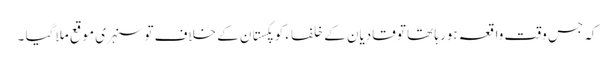
کہ جس وقت واقعہ ہورہا تھا تو قادیان کے خلفاء کو پکستان کے خلاف تو سنہری موقع ملا گیا ۔